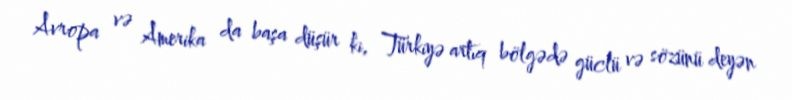
Avropa və Amerika da başa düşür ki, Türkiyə artıq bölgədə güclü və sözünü deyən